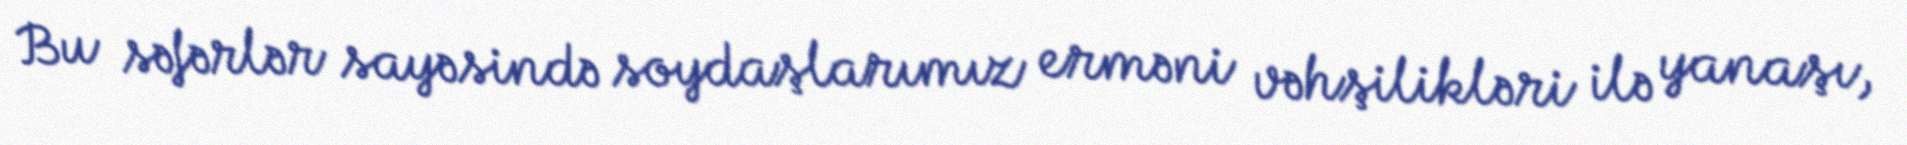
Bu səfərlər sayəsində soydaşlarımız erməni vəhşilikləri ilə yanaşı,